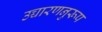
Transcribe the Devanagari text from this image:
उच्चारणनुरूप